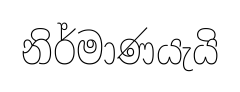
නිර්මාණයැයි